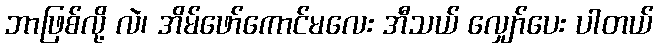
ဘာဖြစ်လို့ လဲ၊ အိမ်ဖော်ကောင်မလေး အီသယ် လျှော်ပေး ပါတယ်